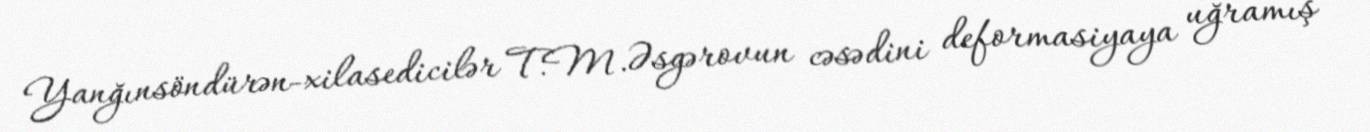
Yanğınsöndürən-xilasedicilər T.M.Əsgərovun cəsədini deformasiyaya uğramış